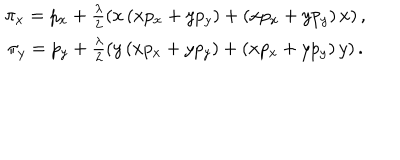
\begin{array} { c } { { \pi _ { x } = p _ { x } + \frac { \lambda } { 2 } \left( x \left( x p _ { x } + y p _ { y } \right) + \left( x p _ { x } + y p _ { y } \right) x \right) , } } \\ { { \pi _ { y } = p _ { y } + \frac { \lambda } { 2 } \left( y \left( x p _ { x } + y p _ { y } \right) + \left( x p _ { x } + y p _ { y } \right) y \right) . } } \\ \end{array}